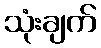
သုံးချက်